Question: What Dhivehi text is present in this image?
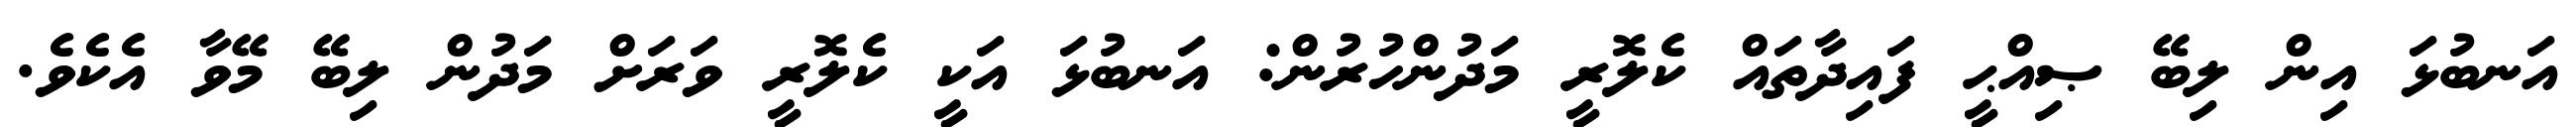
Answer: އަނބުޅަ އިން ލިބޭ ޞިއްޙީ ފައިދާތައް ކެލޮރީ މަދުންހުރުން: އަނބުޅަ އަކީ ކެލޮރީ ވަރަށް މަދުން ލިބޭ މޭވާ އެކެވެ.